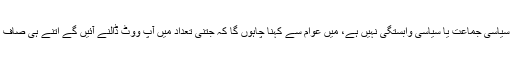
انہوںنے کہاکہ ہماری کوئی سیاسی جماعت یا سیاسی وابستگی نہیں ہے، میں عوام سے کہنا چاہوں گا کہ جتنی تعداد میں آپ ووٹ ڈالنے آئیں گے اتنے ہی صاف اور شفاف انتخابات ہوں گے۔